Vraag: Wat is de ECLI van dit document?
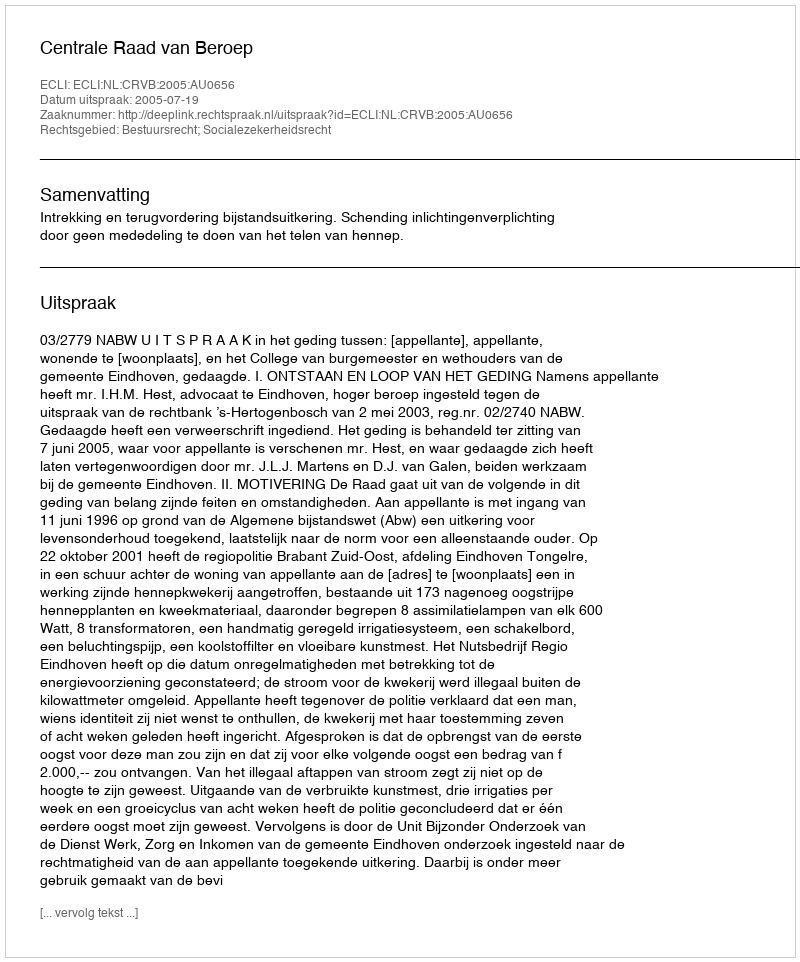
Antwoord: ECLI:NL:CRVB:2005:AU0656